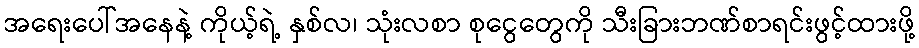
အရေးပေါ်အနေနဲ့ ကိုယ့်ရဲ့ နှစ်လ၊ သုံးလစာ စုငွေတွေကို သီးခြားဘဏ်စာရင်းဖွင့်ထားဖို့